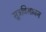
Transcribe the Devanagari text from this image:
सूत्रविभाजन